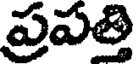
ప్రపత్తి